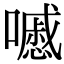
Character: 𡂔